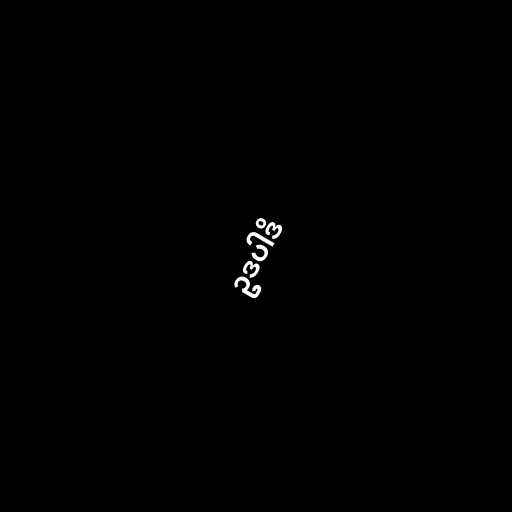
ဥဒပါဒိ